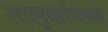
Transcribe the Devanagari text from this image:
तालुकांमध्ये